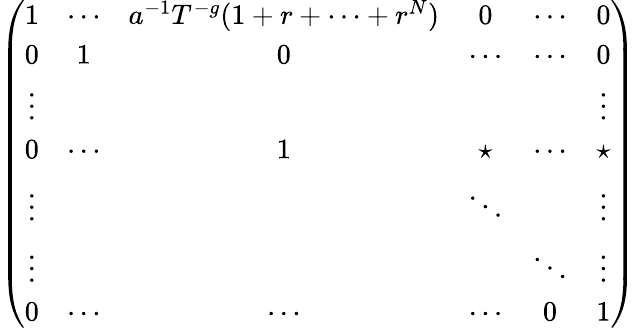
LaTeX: \left(\begin{array}{cccccc}{1}&{\cdots}&{a^{-1}T^{-g}(1+r+\cdots+r^{N})}&{0}&{\cdots}&{0}\\ {0}&{1}&{0}&{\cdots}&{\cdots}&{0}\\ {\vdots}&&&&&{\vdots}\\ {0}&{\cdots}&{1}&{\star}&{\cdots}&{\star}\\ {\vdots}&&&{\ddots}&&{\vdots}\\ {\vdots}&&&&{\ddots}&{\vdots}\\ {0}&{\cdots}&{\cdots}&{\cdots}&{0}&{1}\end{array}\right)